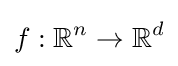
f:\mathbb {R} ^{n}\to \mathbb {R} ^{d}